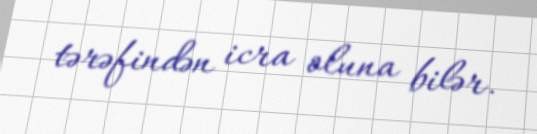
tərəfindən icra oluna bilər.